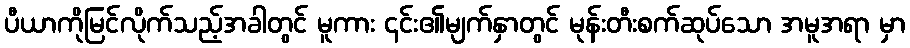
ပီယာကိုမြင်လိုက်သည့်အခါတွင် မူကား ၎င်း၏မျက်နှာတွင် မုန်းတီးစက်ဆုပ်သော အမူအရာ မှာ